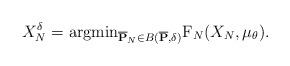
LaTeX: \begin{align*} X_{N}^{\delta} = {\rm argmin}_{ \overline{\mathbf{P}}_{N} \in B ( \overline{\mathbf{P}}, \delta)} {\rm F}_{N}(X_{N}, \mu_{\theta}).\end{align*}